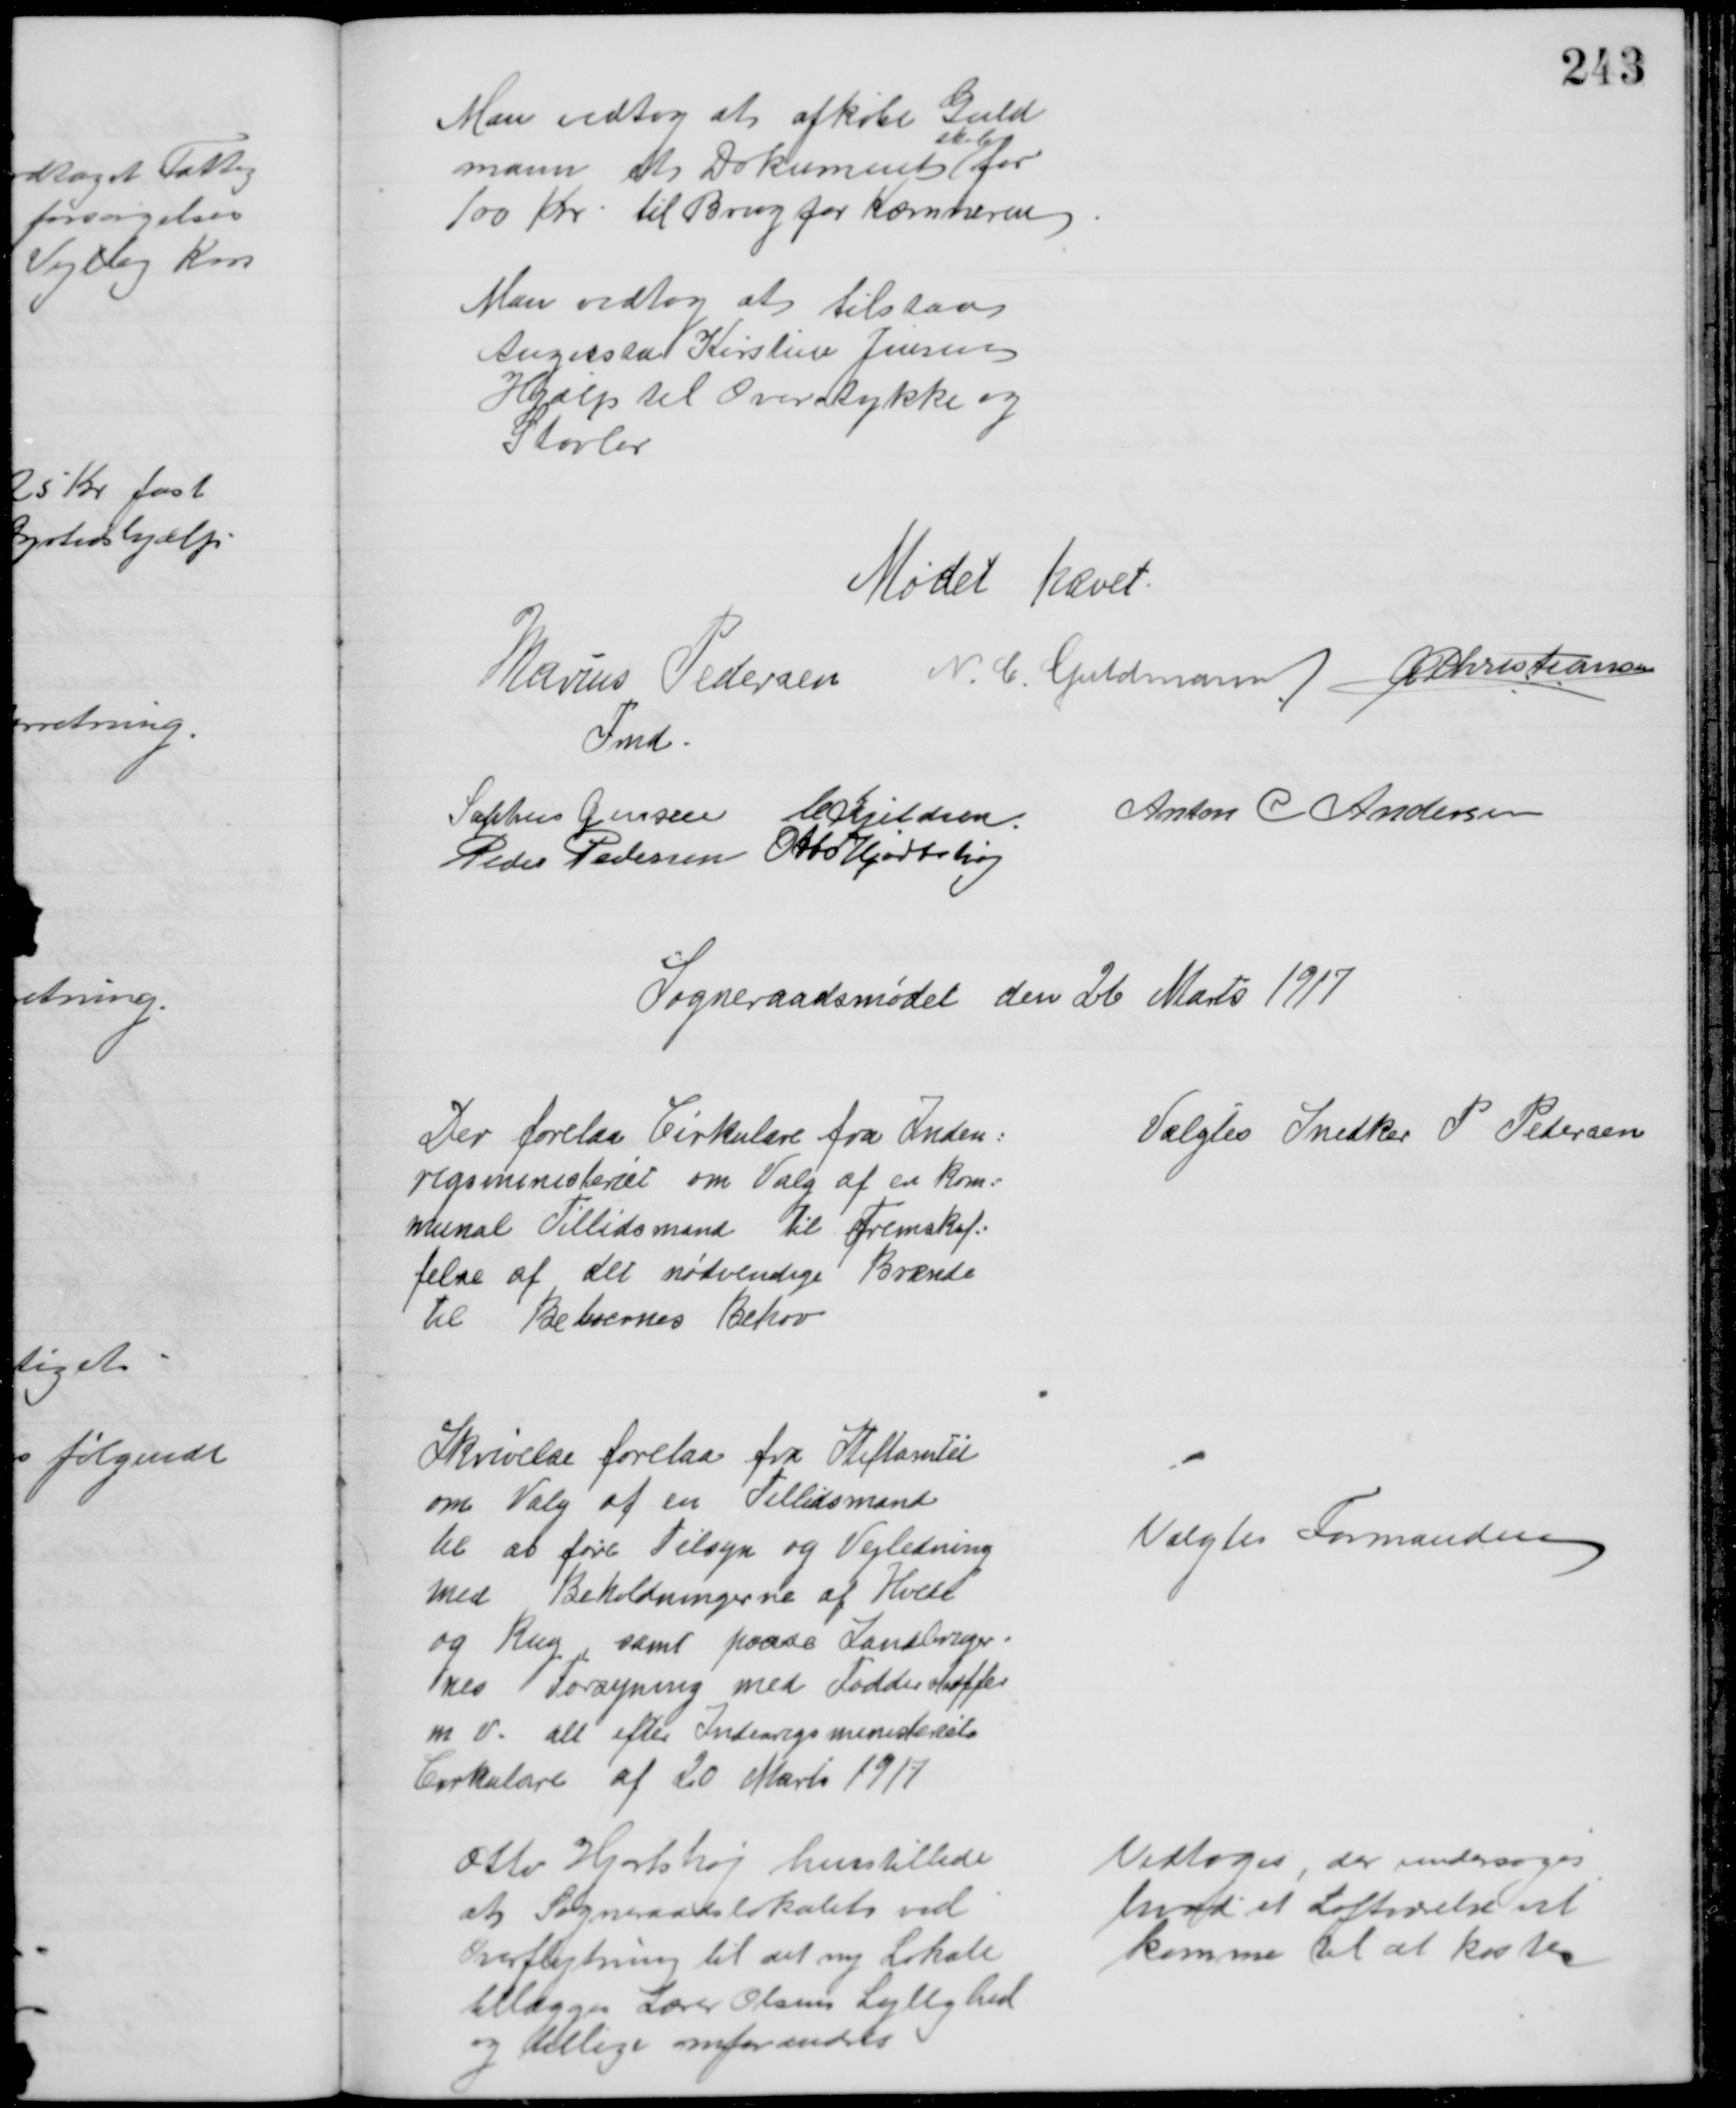
Transskription:
Man vedtog at afkøbe Guld
mann et Dokument 
skab
for
100 Kr til Brug for Kæmneren
Man vedtog at tilstaa
Augusta Kirstine Jensen
Hjælp til Overstykke og
Støvler
Mødet hævet
Marius Pedersen 
Fmd
N. C. Guldmann A P Christiansen
Sophus Jensen C. Kjeldsen Anton C Andersen
Peder Pedersen Otto Hjortshøj
Sogneraadsmødet den 26 Marts 1917
Der forelaa Cirkulære fra Inden=
rigsministeriet om Valg af en kom=
munal Tillidsmand til Fremskaf=
felse af det nødvendige Brænde
til Beboernes Behov
Valgtes Snedker P Petersen
Skrivelse forelaa fra Stiftamtet
om Valg af en Tillidsmand
til at føre Tilsyn og Vejledning
med Beholdningerne af Hvede
og Rug, samt paase Landbruger=
nes Forsyning med Fodderstoffer
m v. alt efter Indenrigsministeriets
Cirkulære af 20 Marts 1917
Valgtes Formanden
Otto Hjortshøj henstillede
at Sogneraadslokalet ved
Overflytning til det ny Lokale
tillægges Lærer Olsens Lejlighed
og tillige omforandres
Vedtoges, der undersøges
hvad et Loftværelse vil 
komme til at koste